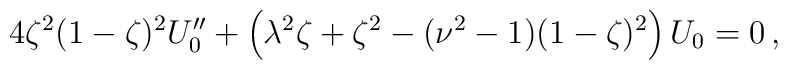
4\zeta^2(1-\zeta)^2 U_0'' + \left( \lambda^2 \zeta +\zeta^2 - (\nu^2-1)(1-\zeta)^2\right) U_0 =0 \,,